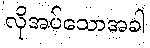
လိုအပ်သောအခါ